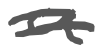
Text: a
Cross-out: mix
Writing tool: digital_gray